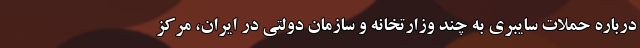
درباره حملات سایبری به چند وزارتخانه و سازمان دولتی در ایران، مرکز